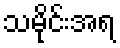
သမိုင်းအရ